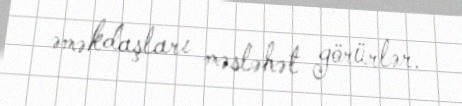
əməkdaşları məsləhət görürlər.